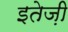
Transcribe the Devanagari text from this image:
इतेज़ी